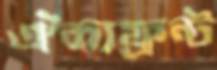
ঐক্যফ্রন্ট